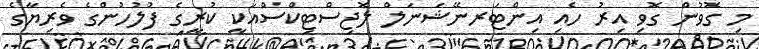
މި ގޮވުން ގޮވި އިރު ހެއި އިންޓަރނޭޝަނަލް ލޮޖިސްޓިކްސްއަކީ ކުރީގެ ފުލުހުންގެ ވެރިޔާގެ